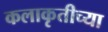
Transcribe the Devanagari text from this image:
कलाकृतीच्या